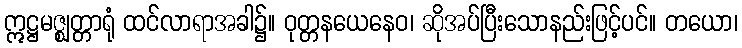
ဣဋ္ဌမဇ္ဈတ္တာရုံ ထင်လာရာအခါ၌။ ဝုတ္တနယေနေဝ၊ ဆိုအပ်ပြီးသောနည်းဖြင့်ပင်။ တယော၊